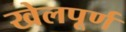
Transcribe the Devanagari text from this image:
खेलपूर्ण